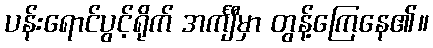
ပန်းရောင်ပွင့်ရိုက် အင်္ကျီမှာ တွန့်ကြေနေ၏။